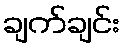
ချက်ချင်း